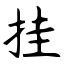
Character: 挂